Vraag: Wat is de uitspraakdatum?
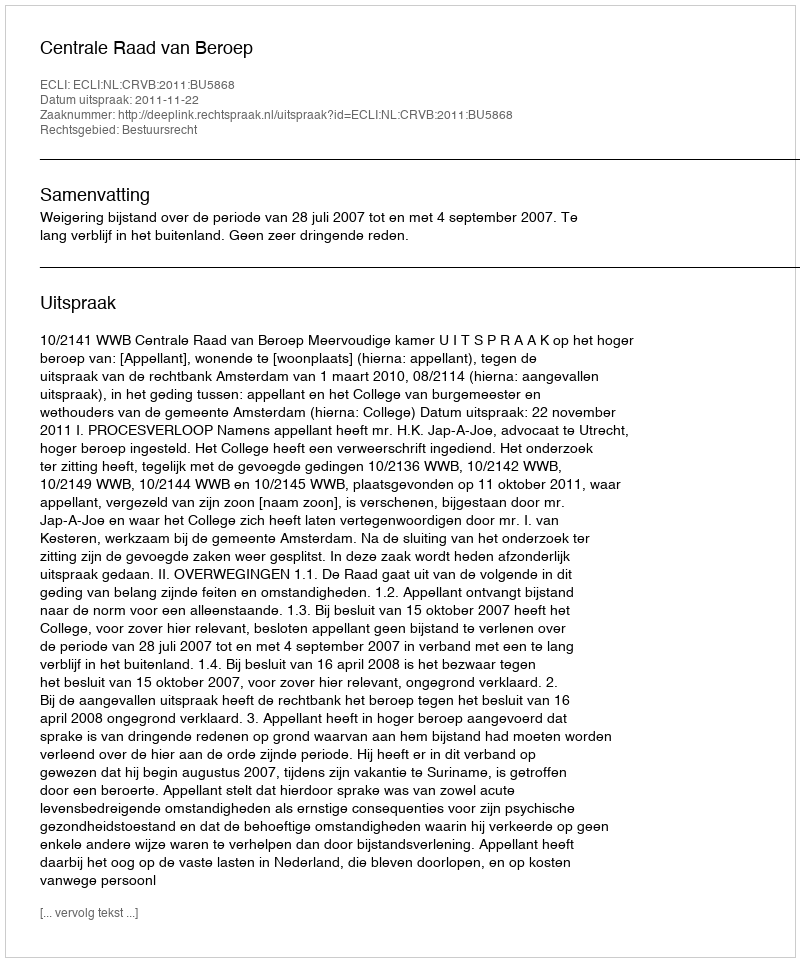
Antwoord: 2011-11-22